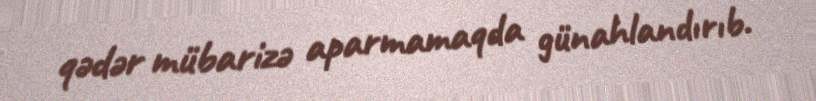
qədər mübarizə aparmamaqda günahlandırıb.